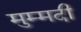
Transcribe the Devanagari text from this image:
मुम्मदी